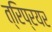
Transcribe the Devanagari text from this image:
त्रिप्रयर